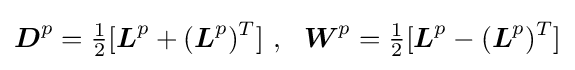
{\boldsymbol {D}}^{p}={\tfrac {1}{2}}[{\boldsymbol {L}}^{p}+({\boldsymbol {L}}^{p})^{T}]~,~~{\boldsymbol {W}}^{p}={\tfrac {1}{2}}[{\boldsymbol {L}}^{p}-({\boldsymbol {L}}^{p})^{T}]